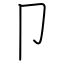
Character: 卩